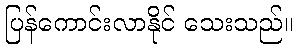
ပြန်ကောင်းလာနိုင် သေးသည်။